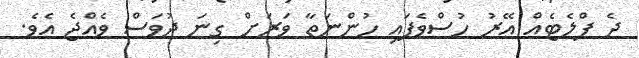
ދެ ފްލެޓެއް އޭރު ހުސްވެފައި ހުންނަތާ ވަރަށް ގިނަ ދުވަސް ވެއްޖެ އެވެ.